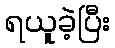
ရယူခဲ့ပြီး